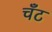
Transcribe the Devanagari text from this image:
चँट